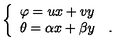
\left\{ \begin{array} { l } { \varphi = u x + v y } \\ { \theta = \alpha x + \beta y \quad . } \\ \end{array} \right.